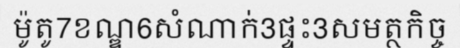
ម៉ូតូ7ខណ្ឌ6សំណាក់3ផ្ទះ3សមត្ថកិច្ច